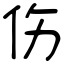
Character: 伤